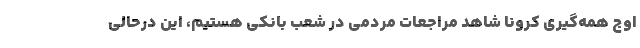
اوج همه‌گیری کرونا شاهد مراجعات مردمی در شعب بانکی هستیم، این درحالی